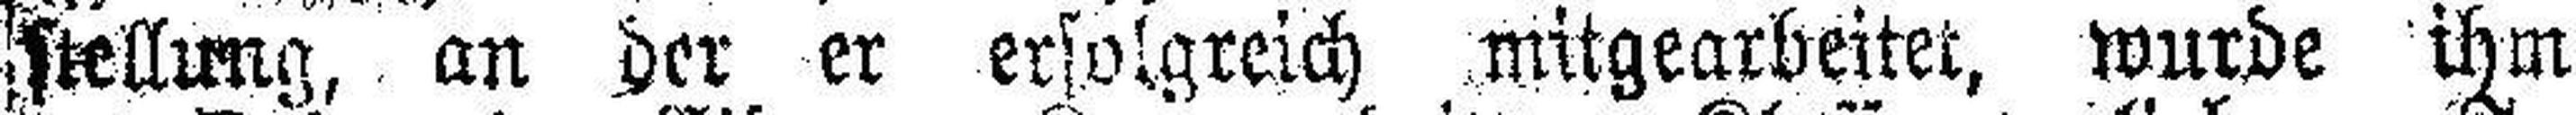
stellung, an der er erfolgreich mitgearbeitet, wurde ihm